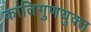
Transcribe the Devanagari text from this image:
कांतिगुणयुक्त